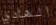
الهادي